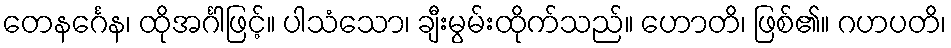
တေနင်္ဂေန၊ ထိုအင်္ဂါဖြင့်။ ပါသံသော၊ ချီးမွမ်းထိုက်သည်။ ဟောတိ၊ ဖြစ်၏။ ဂဟပတိ၊